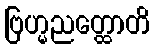
ဗြဟ္မညတ္ထောတိ